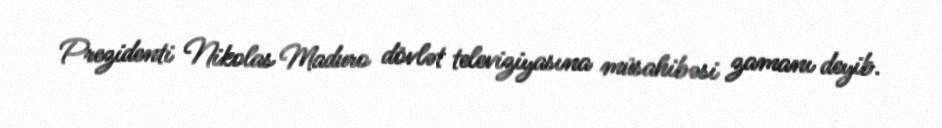
Prezidenti Nikolas Maduro dövlət televiziyasına müsahibəsi zamanı deyib.